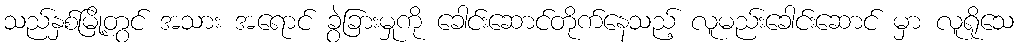
သည်နှစ်မြို့တွင် အသား အရောင် ခွဲခြားမှုကို ခေါင်းဆောင်တိုက်နေသည့် လူမည်းခေါင်းဆောင် မှာ လူရိုသေ